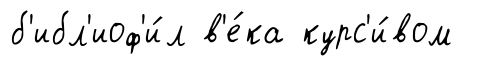
б'ибл'иоф'и́л в'е́ка курс'и́вом